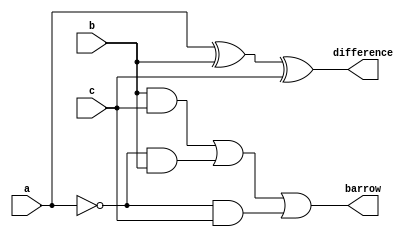
`timescale 1ns / 1ps
module full_subractor(input a,b,c,output barrow,difference);
	 assign difference=a^b^c;
	 assign barrow=(b&c)|((~a)&b)|((~a)&c);
endmodule